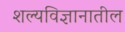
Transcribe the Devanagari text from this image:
शल्यविज्ञानातील